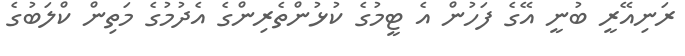
ރަނިއޭރީ ބުނީ އޭގެ ފަހުން އެ ޓީމުގެ ކުޅުންތެރިންގެ އެދުމުގެ މަތިން ކްލަބުގެ